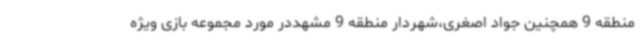
منطقه 9 همچنین جواد اصغری،شهردار منطقه 9 مشهددر مورد مجموعه بازی ویژه